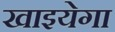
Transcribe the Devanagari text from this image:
खाइयेगा